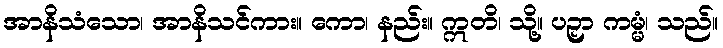
အာနိသံသော၊ အာနိသင်ကား။ ကော၊ နည်း။ ဣတိ၊ သို့။ ပဉှာ ကမ္မံ၊ သည်။